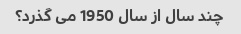
چند سال از سال 1950 می گذرد؟